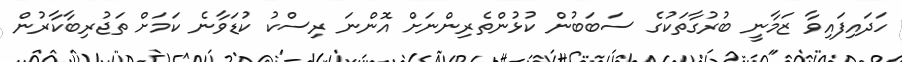
ހަދައިފައިވާ ޒަމާނީ ބުރުގާތަކުގެ ސަބަބުން ކުޅުންތެރިންނަށް އޮންނަ ރިސްކު ކުޑަވާނެ ކަމަށް ތަޖުރިބާކާރުން